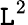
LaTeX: \mathtt{L}^{2}